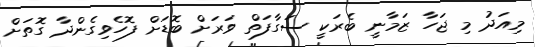
މިއަދު މި ޖަހާ ޒަމާނީ ބެރަކީ ސަގާފަތް ވަރަށް ބޮޑަށް ފޮހެވިގެންދާ ގޮތަށް